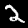
Label: 2